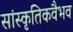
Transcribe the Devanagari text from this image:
सांस्कृतिकवैभव